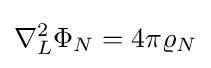
\nabla _{L}^{2}\Phi _{N}=4\pi \varrho _{N}